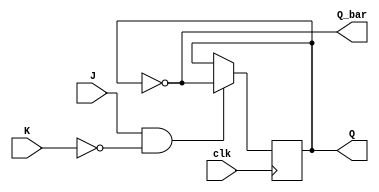
module jk_flipflop (
    input wire clk,
    input wire J,
    input wire K,
    output reg Q,
    output reg Q_bar
);

always @(posedge clk) begin
    if (J & ~K) begin
        Q <= ~Q;
    end else if (J & K) begin
        // Do nothing, stay in current state
    end
end

assign Q_bar = ~Q;

endmodule